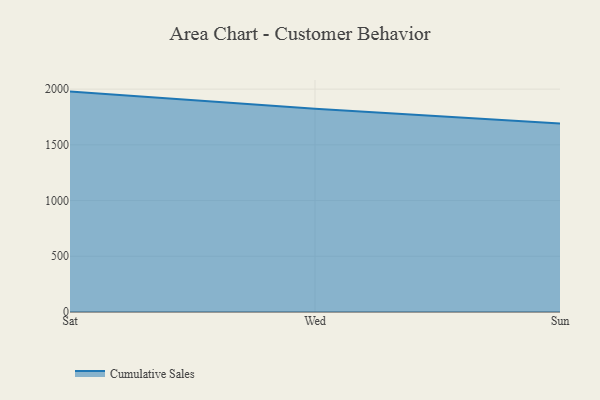
{"axis": {"x": "Day", "y": "Inventory Turnover"}, "legend": ["Cumulative Sales"], "data": [{"x": "Sat", "y": 1977.8, "type": "Cumulative Sales"}, {"x": "Wed", "y": 1823.8, "type": "Cumulative Sales"}, {"x": "Sun", "y": 1690.5, "type": "Cumulative Sales"}]}